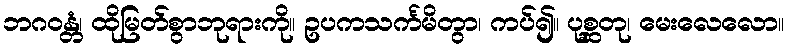
ဘဂဝန္တံ၊ ထိုမြတ်စွာဘုရားကို။ ဥပကသင်္ကမိတွာ၊ ကပ်၍။ ပုစ္ဆတု၊ မေးလေလော။